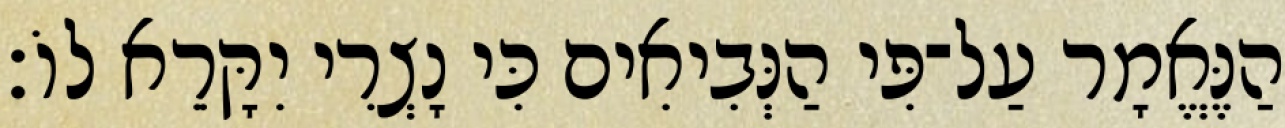
הַנֶּאֱמָר עַל־פִּי הַנְּבִיאִים כִּי נָצְרִי יִקָּרֵא לוֹ׃